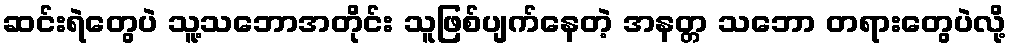
ဆင်းရဲတွေပဲ သူ့သဘောအတိုင်း သူဖြစ်ပျက်နေတဲ့ အနတ္တ သဘော တရားတွေပဲလို့